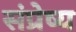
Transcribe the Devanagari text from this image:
संप्रेष्य